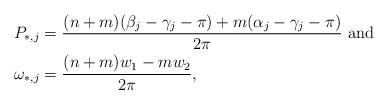
LaTeX: \begin{align*}P_{*,j}&= \frac{(n+m)(\beta_j-\gamma_j -\pi)+ m(\alpha_j-\gamma_j -\pi)}{2\pi}\textrm{ and }\\\omega_{*,j}&= \frac{(n+m)w_1-mw_2}{2\pi},\end{align*}